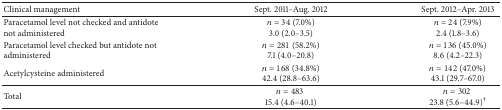
<table><thead><tr><td><b>Clinical management</b></td><td><b>Sept. 2011–Aug. 2012</b></td><td><b>Sept. 2012–Apr. 2013</b></td></tr></thead><tbody><tr><td>Paracetamol level not checked and antidote not administered</td><td><i>n</i> = 34 (7.0%)3.0 (2.0–3.5)</td><td><i>n</i> = 24 (7.9%)2.4 (1.8–3.6)</td></tr><tr><td>Paracetamol level checked but antidote not administered</td><td><i>n</i> = 281 (58.2%)7.1 (4.0–20.8)</td><td><i>n</i> = 136 (45.0%)8.6 (4.2–22.3)</td></tr><tr><td>Acetylcysteine administered</td><td><i>n</i> = 168 (34.8%)42.4 (28.8–63.6)</td><td><i>n</i> = 142 (47.0%)43.1 (29.7–67.0)</td></tr><tr><td>Total</td><td><i>n</i> = 483 15.4 (4.6–40.1)</td><td><i>n</i> = 302 23.8 (5.6–44.9)<sup>†</sup></td></tr></tbody></table>